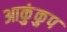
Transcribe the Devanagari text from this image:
आकुंकुप